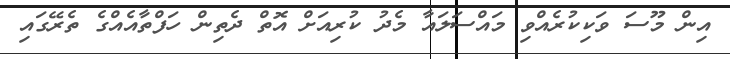
އިން މޫސަ ވަކިކުރެއްވި މައްސަލައާ މެދު ކުރިއަށް އޮތް ދެތިން ހަފްތާއެއްގެ ތެރޭގައި